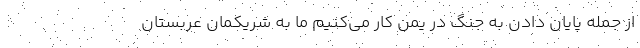
از جمله پایان دادن به جنگ در یمن کار می‌کنیم ما به شریکمان عربستان